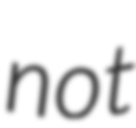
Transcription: not